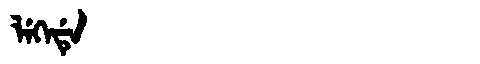
Manchu: ᠯᡝᡴᡝᡩᡝ
Romanization: LEKEDE